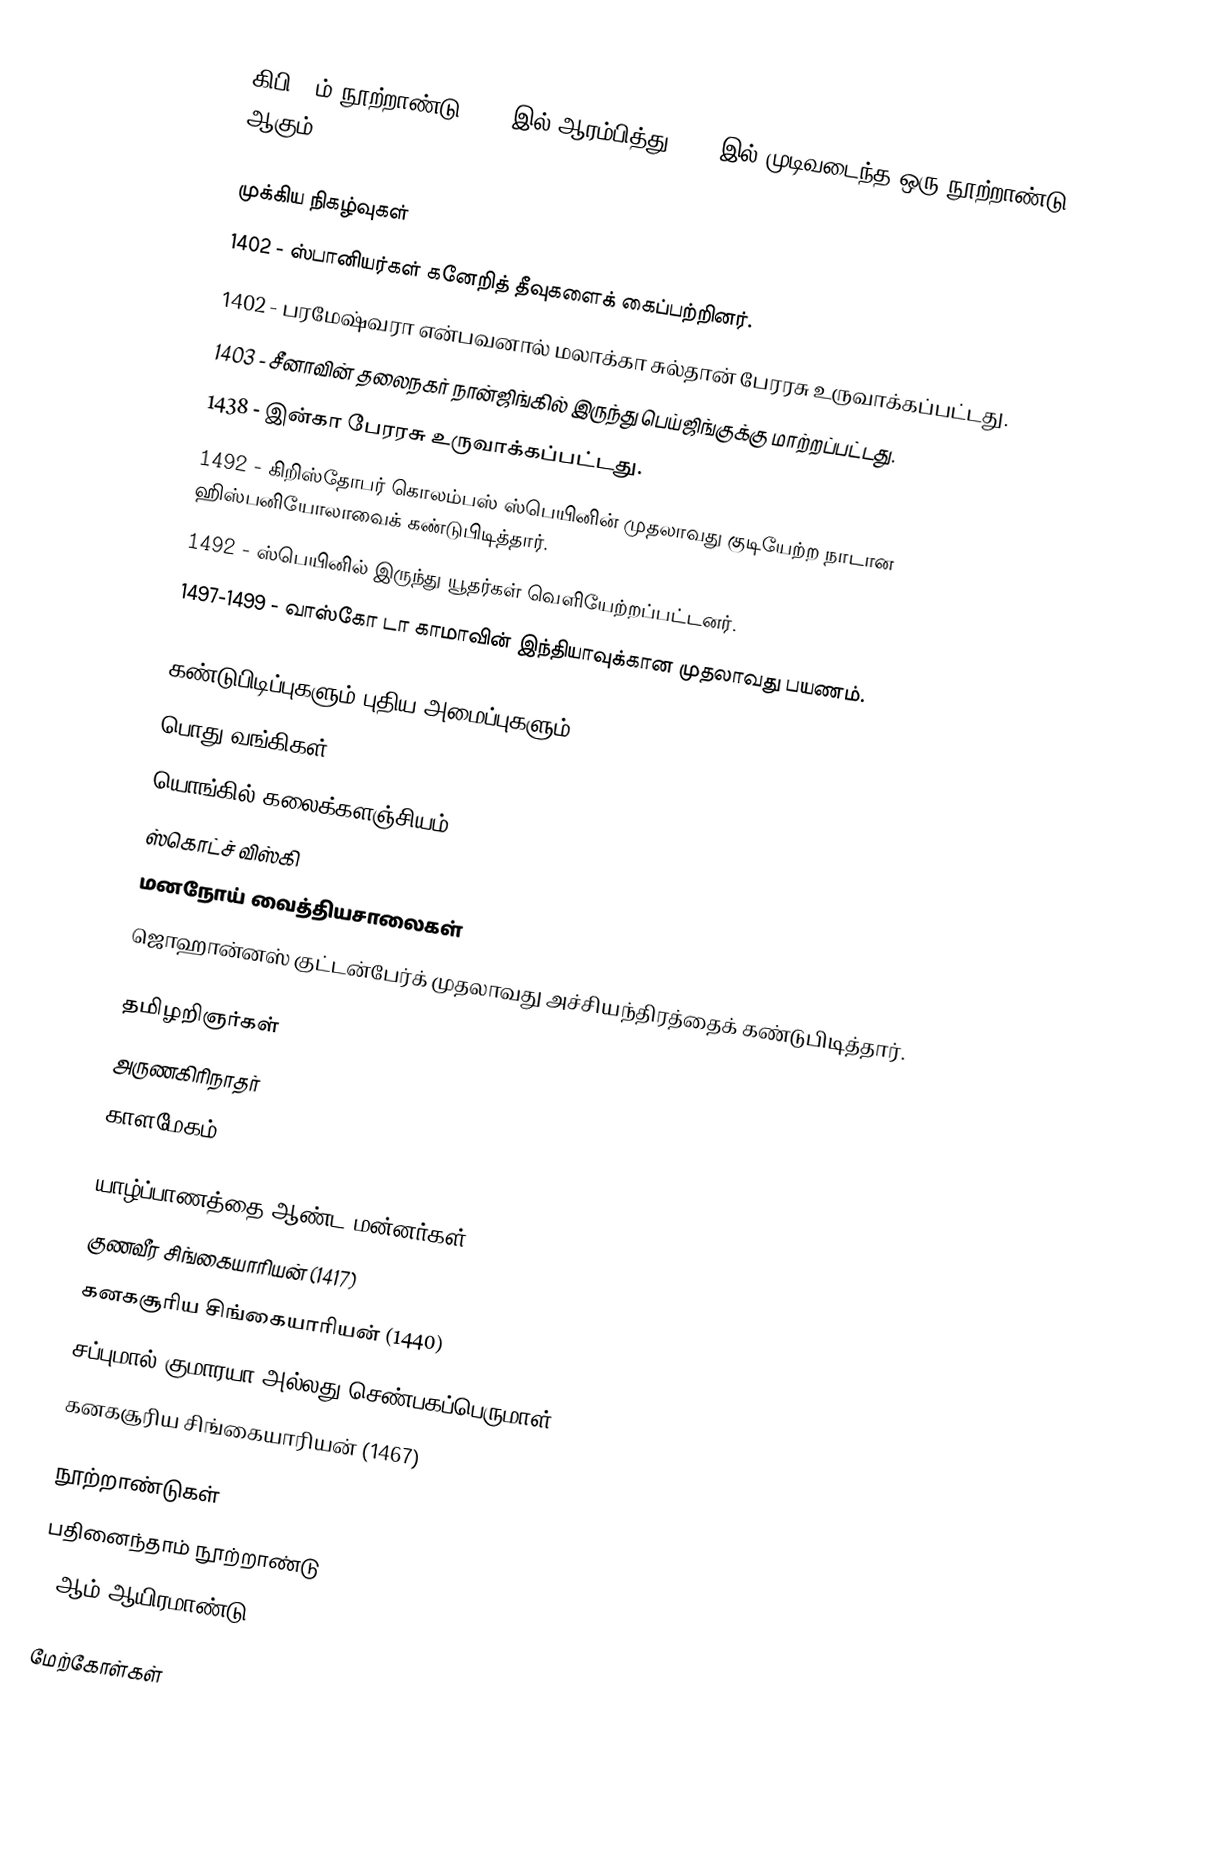
கிபி 15ம் நூற்றாண்டு 1401 இல் ஆரம்பித்து 1500 இல் முடிவடைந்த ஒரு நூற்றாண்டு ஆகும்.

முக்கிய நிகழ்வுகள்
 1402 - ஸ்பானியர்கள் கனேறித் தீவுகளைக் கைப்பற்றினர்.
 1402 - பரமேஷ்வரா என்பவனால் மலாக்கா சுல்தான் பேரரசு உருவாக்கப்பட்டது.
 1403 - சீனாவின் தலைநகர் நான்ஜிங்கில் இருந்து பெய்ஜிங்குக்கு மாற்றப்பட்டது.
 1438 - இன்கா பேரரசு உருவாக்கப்பட்டது.
 1492 - கிறிஸ்தோபர் கொலம்பஸ் ஸ்பெயினின் முதலாவது குடியேற்ற நாடான ஹிஸ்பனியோலாவைக் கண்டுபிடித்தார்.
 1492 - ஸ்பெயினில் இருந்து யூதர்கள் வெளியேற்றப்பட்டனர்.
 1497-1499 - வாஸ்கோ டா காமாவின் இந்தியாவுக்கான முதலாவது பயணம்.

கண்டுபிடிப்புகளும் புதிய அமைப்புகளும்
 பொது வங்கிகள்
 யொங்கில் கலைக்களஞ்சியம் (Yongle Encyclopedia)
 ஸ்கொட்ச் விஸ்கி
 மனநோய் வைத்தியசாலைகள்
 ஜொஹான்னஸ் குட்டன்பேர்க் முதலாவது அச்சியந்திரத்தைக் கண்டுபிடித்தார்.

தமிழறிஞர்கள்
 அருணகிரிநாதர்
 காளமேகம்

யாழ்ப்பாணத்தை ஆண்ட மன்னர்கள்
 குணவீர சிங்கையாரியன் (1417)
 கனகசூரிய சிங்கையாரியன் (1440)
 சப்புமால் குமாரயா அல்லது செண்பகப்பெருமாள் (1450)
 கனகசூரிய சிங்கையாரியன் (1467)

நூற்றாண்டுகள்
பதினைந்தாம் நூற்றாண்டு
2-ஆம் ஆயிரமாண்டு

மேற்கோள்கள்